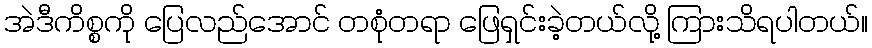
အဲဒီကိစ္စကို ပြေလည်အောင် တစုံတရာ ဖြေရှင်းခဲ့တယ်လို့ ကြားသိရပါတယ်။